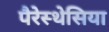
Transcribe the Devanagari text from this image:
पैरेस्थेसिया